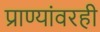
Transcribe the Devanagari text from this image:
प्राण्यांवरही